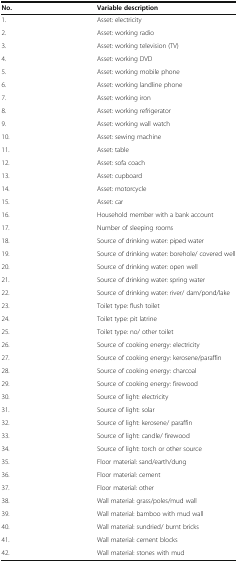
| No. | Variable description |
 | --- | --- |
 | 1. | Asset: electricity |
 | 2. | Asset: working radio |
 | 3. | Asset: working television (TV) |
 | 4. | Asset: working DVD |
 | 5. | Asset: working mobile phone |
 | 6. | Asset: working landline phone |
 | 7. | Asset: working iron |
 | 8. | Asset: working refrigerator |
 | 9. | Asset: working wall watch |
 | 10. | Asset: sewing machine |
 | 11. | Asset: table |
 | 12. | Asset: sofa coach |
 | 13. | Asset: cupboard |
 | 14. | Asset: motorcycle |
 | 15. | Asset: car |
 | 16. | Household member with a bank account |
 | 17. | Number of sleeping rooms |
 | 18. | Source of drinking water: piped water |
 | 19. | Source of drinking water: borehole/ covered well |
 | 20. | Source of drinking water: open well |
 | 21. | Source of drinking water: spring water |
 | 22. | Source of drinking water: river/ dam/pond/lake |
 | 23. | Toilet type: flush toilet |
 | 24. | Toilet type: pit latrine |
 | 25. | Toilet type: no/ other toilet |
 | 26. | Source of cooking energy: electricity |
 | 27. | Source of cooking energy: kerosene/paraffin |
 | 28. | Source of cooking energy: charcoal |
 | 29. | Source of cooking energy: firewood |
 | 30. | Source of light: electricity |
 | 31. | Source of light: solar |
 | 32. | Source of light: kerosene/ paraffin |
 | 33. | Source of light: candle/ firewood |
 | 34. | Source of light: torch or other source |
 | 35. | Floor material: sand/earth/dung |
 | 36. | Floor material: cement |
 | 37. | Floor material: other |
 | 38. | Wall material: grass/poles/mud wall |
 | 39. | Wall material: bamboo with mud wall |
 | 40. | Wall material: sundried/ burnt bricks |
 | 41. | Wall material: cement blocks |
 | 42. | Wall material: stones with mud |